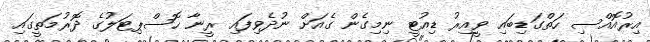
އިރުއޮއްސި ހަތްގަޑިބައި ވީއިރު ޑިއުޓީ ނިމިގެން ގެއަށް ނުދެވިފައި ރީނާ ހޮސްޕިޓަލުގެ ދޮރުމަތީގައި